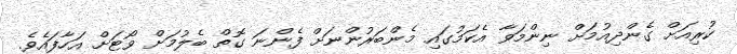
ކުރިއަށް ގެންދިއުމަށް ނިންމަވާ އެކަމުގައި މެންބަރުންނަށް ފެންނަ ގޮތް ބެލުމަށް ވޯޓަށް އަހާފައެވެ.